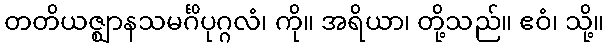
တတိယဇ္ဈာနသမင်္ဂိပုဂ္ဂလံ၊ ကို။ အရိယာ၊ တို့သည်။ ဧဝံ၊ သို့။